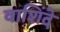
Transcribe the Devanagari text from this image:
वाशिंदे